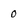
Character: 0